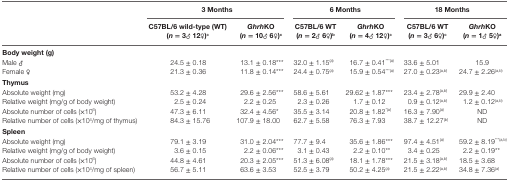
<table><thead><tr><td></td><td colspan="2"><b>3 Months</b></td><td colspan="2"><b>6 Months</b></td><td colspan="2"><b>18 Months</b></td></tr><tr><td></td><td><b>C57BL/6 wild-type (WT) (<i>n</i> = 3♂ 12♀)<sup>c</sup></b></td><td><b><i>Ghrh</i>KO (<i>n</i> = 10♂ 6♀)<sup>c</sup></b></td><td><b>C57BL/6 WT (<i>n</i> = 2♂ 6♀)<sup>b</sup></b></td><td><b><i>Ghrh</i>KO (<i>n</i> = 4♂ 12♀)<sup>c</sup></b></td><td><b>C57BL/6 WT (<i>n</i> = 3♂ 6♀)<sup>c</sup></b></td><td><b><i>Ghrh</i>KO (<i>n</i> = 1♂ 5♀)<sup>a</sup></b></td></tr></thead><tbody><tr><td><b>Body weight (g)</b></td><td></td><td></td><td></td><td></td><td></td><td></td></tr><tr><td>Male ♂</td><td>24.5 ± 0.18</td><td>13.1 ± 0.18***</td><td>32.0 ± 1.15<sup>(a)</sup></td><td>16.7 ± 0.41<sup>***(a)</sup></td><td>33.6 ± 5.01</td><td>15.9</td></tr><tr><td>Female ♀</td><td>21.3 ± 0.36</td><td>11.8 ± 0.14***</td><td>24.4 ± 0.75<sup>(a)</sup></td><td>15.9 ± 0.54<sup>***(a)</sup></td><td>27.0 ± 0.23<sup>(a,b)</sup></td><td>24.7 ± 2.26<sup>(a,b)</sup></td></tr><tr><td><b>Thymus</b></td><td></td><td></td><td></td><td></td><td></td><td></td></tr><tr><td>Absolute weight (mg)</td><td>53.2 ± 4.28</td><td>29.6 ± 2.56***</td><td>58.6 ± 5.61</td><td>29.62 ± 1.87***</td><td>23.4 ± 2.78<sup>(a,b)</sup></td><td>29.9 ± 2.40</td></tr><tr><td>Relative weight (mg/g of body weight)</td><td>2.5 ± 0.24</td><td>2.2 ± 0.25</td><td>2.3 ± 0.26</td><td>1.7 ± 0.12</td><td>0.9 ± 0.12<sup>(a,b)</sup></td><td>1.2 ± 0.12<sup>(a,b)</sup></td></tr><tr><td>Absolute number of cells (×10<sup>6</sup>)</td><td>47.3 ± 6.11</td><td>32.4 ± 4.56*</td><td>35.5 ± 3.14</td><td>20.8 ± 1.82<sup>*(a)</sup></td><td>16.3 ± 7.90<sup>(a)</sup></td><td>ND</td></tr><tr><td>Relative number of cells (×10<sup>4</sup>/mg of thymus)</td><td>84.3 ± 15.76</td><td>107.9 ± 18.00</td><td>62.7 ± 5.58</td><td>76.3 ± 7.93</td><td>38.7 ± 12.27<sup>(b)</sup></td><td>ND</td></tr><tr><td><b>Spleen</b></td><td></td><td></td><td></td><td></td><td></td><td></td></tr><tr><td>Absolute weight (mg)</td><td>79.1 ± 3.19</td><td>31.0 ± 2.04***</td><td>77.7 ± 9.4</td><td>35.6 ± 1.86***</td><td>97.4 ± 4.51<sup>(a)</sup></td><td>59.2 ± 8.19<sup>***(a,b)</sup></td></tr><tr><td>Relative weight (mg/g of body weight)</td><td>3.6 ± 0.15</td><td>2.2 ± 0.06***</td><td>3.1 ± 0.43</td><td>2.2 ± 0.10**</td><td>3.4 ± 0.25</td><td>2.2 ± 0.19**</td></tr><tr><td>Absolute number of cells (×10<sup>6</sup>)</td><td>44.8 ± 4.61</td><td>20.3 ± 2.05***</td><td>51.3 ± 6.08<sup>(a)</sup></td><td>18.1 ± 1.78***</td><td>21.5 ± 3.18<sup>(a,b)</sup></td><td>18.5 ± 3.68</td></tr><tr><td>Relative number of cells (×10<sup>4</sup>/mg of spleen)</td><td>56.7 ± 5.11</td><td>63.6 ± 3.53</td><td>52.5 ± 3.79</td><td>50.2 ± 4.25<sup>(a)</sup></td><td>21.5 ± 2.22<sup>(a,b)</sup></td><td>34.8 ± 7.36<sup>(a)</sup></td></tr></tbody></table>